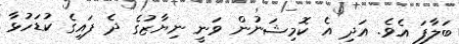
ބަލާފަ އެވެ. އަދި އެ ކޮމިޝަނުން ވަނީ ނިޔާޒުގެ ދެ ފައިގެ ކުޑަހުޅާ